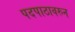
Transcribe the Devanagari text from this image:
पदपाठावरुन